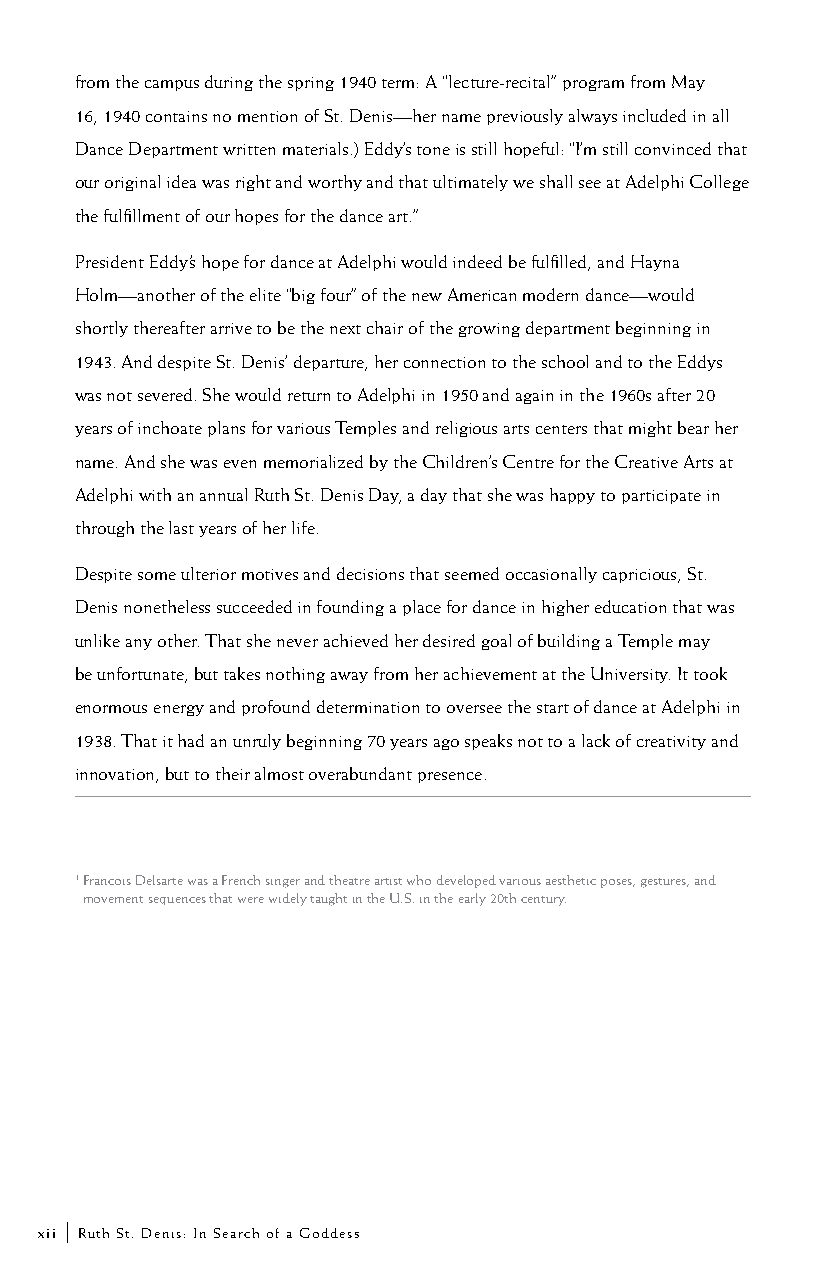
from the campus during the spring 1940 term: A “lecture-recital” program from May
 16, 1940 contains no mention of St. Denis—her name previously always included in all
 Dance Department written materials.) Eddy’s tone is still hopeful: “I’m still convinced that
 our original idea was right and worthy and that ultimately we shall see at Adelphi College
 the fulfillment of our hopes for the dance art.”
 President Eddy’s hope for dance at Adelphi would indeed be fulfilled, and Hayna
 Holm—another of the elite “big four” of the new American modern dance—would
 shortly thereafter arrive to be the next chair of the growing department beginning in
 1943. And despite St. Denis’ departure, her connection to the school and to the Eddys
 was not severed. She would return to Adelphi in 1950 and again in the 1960s after 20
 years of inchoate plans for various Temples and religious arts centers that might bear her
 name. And she was even memorialized by the Children’s Centre for the Creative Arts at
 Adelphi with an annual Ruth St. Denis Day, a day that she was happy to participate in
 through the last years of her life.
 Despite some ulterior motives and decisions that seemed occasionally capricious, St.
 Denis nonetheless succeeded in founding a place for dance in higher education that was
 unlike any other. That she never achieved her desired goal of building a Temple may
 be unfortunate, but takes nothing away from her achievement at the University. It took
 enormous energy and profound determination to oversee the start of dance at Adelphi in
 1938. That it had an unruly beginning 70 years ago speaks not to a lack of creativity and
 innovation, but to their almost overabundant presence.
 1 Francois Delsarte was a French singer and theatre artist who developed various aesthetic poses, gestures, and
 movement sequences that were widely taught in the U.S. in the early 20th century.
 xii | Ruth St. Denis: In Search of a Goddess